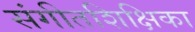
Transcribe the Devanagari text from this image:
संगीतशिक्षिका